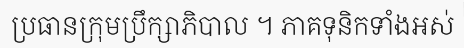
ប្រធានក្រុមប្រឹក្សាភិបាល ។ ភាគទុនិកទាំងអស់